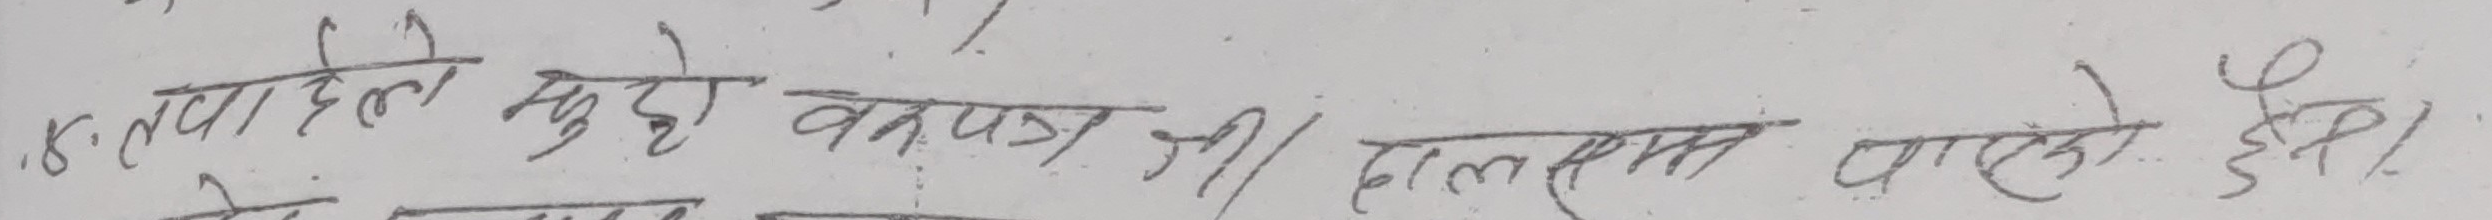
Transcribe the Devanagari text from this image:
४. ल्पा पहिले मुहो वनपज जी हालसम्म पाएको छैन।